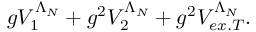
g V _ { 1 } ^ { \Lambda _ { N } } + g ^ { 2 } V _ { 2 } ^ { \Lambda _ { N } } + g ^ { 2 } V _ { e x . T } ^ { \Lambda _ { N } } .